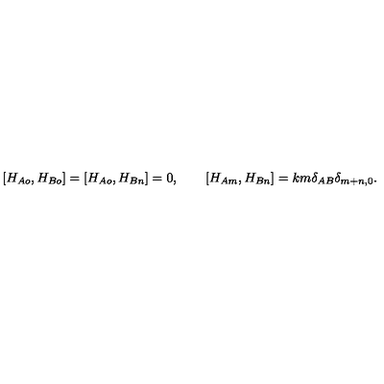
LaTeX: [ H _ { A o } , H _ { B o } ] = [ H _ { A o } , H _ { B n } ] = 0 , \qquad [ H _ { A m } , H _ { B n } ] = k m \delta _ { A B } \delta _ { m + n , 0 } .